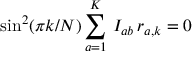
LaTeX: \sin ^ { 2 } ( \pi k / N ) \sum _ { a = 1 } ^ { K } \, I _ { a b } \, r _ { a , k } = 0